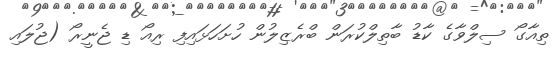
ތިއާގޯ ސިލްވާގެ ކާޑު ބާތިލްކުރަން ބްރެޒިލުން ހުށަހަޅައިފި ރިއޯ ޑި ޖެނީރޯ (ޖުލައި